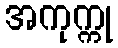
အကုက္ကု